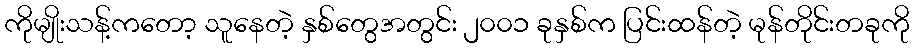
ကိုမျိုးသန့်ကတော့ သူနေတဲ့ နှစ်တွေအတွင်း ၂၀၀၁ ခုနှစ်က ပြင်းထန်တဲ့ မုန်တိုင်းတခုကို